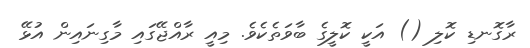
ރާގޮނޑި ކޮލި () އަކީ ކޮލީގެ ބާވަތެކެވެ. މިއީ ރާއްޖޭގައި މާގިނައިން އުޅޭ